Insane asylums Bombay 1873-77 - 1873-1877
Year: 1873
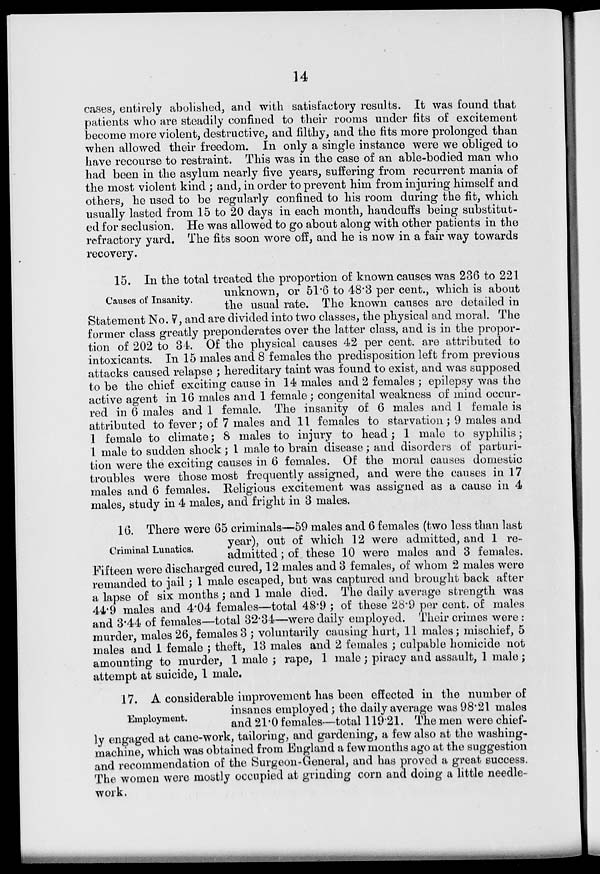
14
cases, entirely abolished, and with satisfactory results. It was found that
patients who are steadily confined to their rooms under fits of excitement
become more violent, destructive, and filthy, and the fits more prolonged than
when allowed their freedom. In only a single instance were we obliged to
have recourse to restraint. This was in the case of an able-bodied man who
had been in the asylum nearly five years, suffering from recurrent mania of
the most violent kind ; and, in order to prevent him from injuring himself and
others, he used to be regularly confined to his room during the fit, which
usually lasted from 15 to 20 days in each month, handcuffs being substitut-
ed for seclusion. He was allowed to go about along with other patients in the
refractory yard. The fits soon wore off, and he is now in a fair way towards
recovery.
Causes of Insanity.
15. In the total treated the proportion of known causes was 236 to 221
unknown, or 51.6 to 48.3 per cent., which is about
the usual rate. The known causes are detailed in
Statement No. 7, and are divided into two classes, the physical and moral. The
former class greatly preponderates over the latter class, and is in the propor-
tion of 202 to 34. Of the physical causes 42 per cent. are attributed to
intoxicants. In 15 males and 8 females the predisposition left from previous
attacks caused relapse ; hereditary taint was found to exist, and was supposed
to be the chief exciting cause in 14 males and 2 females ; epilepsy was the
active agent in 16 males and 1 female; congenital weakness of mind occur-
red in 6 males and 1 female. The insanity of 6 males and 1 female is
attributed to fever; of 7 males and 11 females to starvation; 9 males and
1 female to climate; 8 males to injury to head; 1 male to syphilis;
1 male to sudden shock ; 1 male to brain disease ; and disorders of parturi-
tion were the exciting causes in 6 females. Of the moral causes domestic
troubles were those most frequently assigned, and were the causes in 17
males and 6 females. Religious excitement was assigned as a cause in 4
males, study in 4 males, and fright in 3 males.
Criminal Lunatics.
16. There were 65 criminals—59 males and 6 females (two less than last
year), out of which 12 were admitted, and 1 re-
admitted ; of these 10 were males and 3 females.
Fifteen were discharged cured, 12 males and 3 females, of whom 2 males were
remanded to jail; 1 male escaped, but was captured and brought back after
a lapse of six months ; and 1 male died. The daily average strength was
44.9 males and 4.04 females—total 48.9 ; of these 28.9 per cent. of males
and 3.44 of females—total 32.34—were daily employed. Their crimes were :
murder, males 26, females 3 ; voluntarily causing hurt, 11 males; mischief, 5
males and 1 female ; theft, 13 males and 2 females ; culpable homicide not
amounting to murder, 1 male ; rape, 1 male; piracy and assault, 1 male;
attempt at suicide, 1 male.
Employment.
17. A considerable improvement has been effected in the number of
insanes employed; the daily average was 98.21 males
and 21.0 females—total 119.21. The men were chief-
ly engaged at cane-work, tailoring, and gardening, a few also at the washing-
machine, which was obtained from England a few months ago at the suggestion
and recommendation of the Surgeon-General, and has proved a great success.
The women were mostly occupied at grinding corn and doing a little needle-
work.